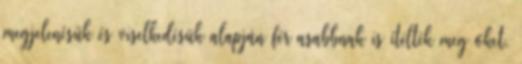
megjelenésük és viselkedésük alapján férﬁasabbnak is ítélték meg őket.